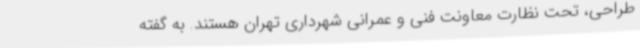
طراحی، تحت نظارت معاونت فنی و عمرانی شهرداری تهران هستند. به گفته